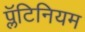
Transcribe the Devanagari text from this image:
प्लॅटिनियम